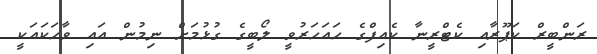
ރަންބީރް ކަޕޫރާއި ކެޓްރީނާ ކެއިފްގެ ހައަހަރުވީ ލޯބީގެ ގުޅުމަށް ނިމުން އައި ވާހަކައަކީ